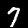
Digit: 7